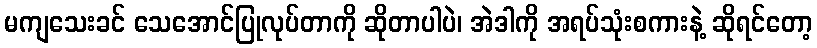
မကျသေးခင် သေအောင်ပြုလုပ်တာကို ဆိုတာပါပဲ၊ အဲဒါကို အရပ်သုံးစကားနဲ့ ဆိုရင်တော့